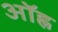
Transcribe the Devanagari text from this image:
ऑह्न